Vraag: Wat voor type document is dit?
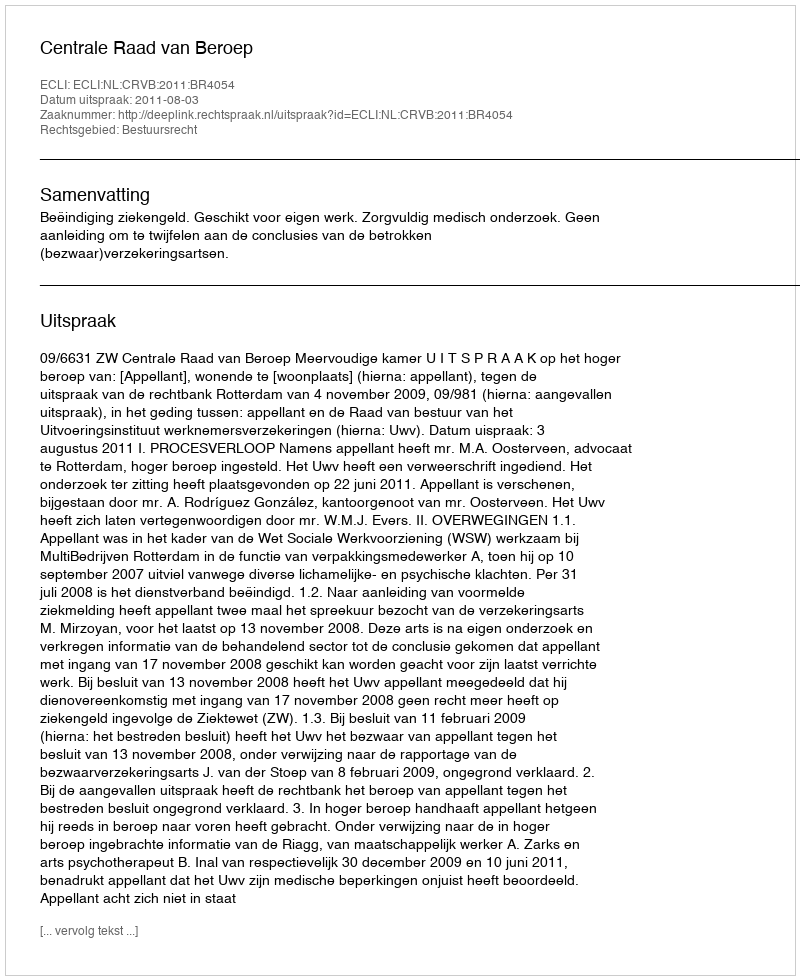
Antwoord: Uitspraak